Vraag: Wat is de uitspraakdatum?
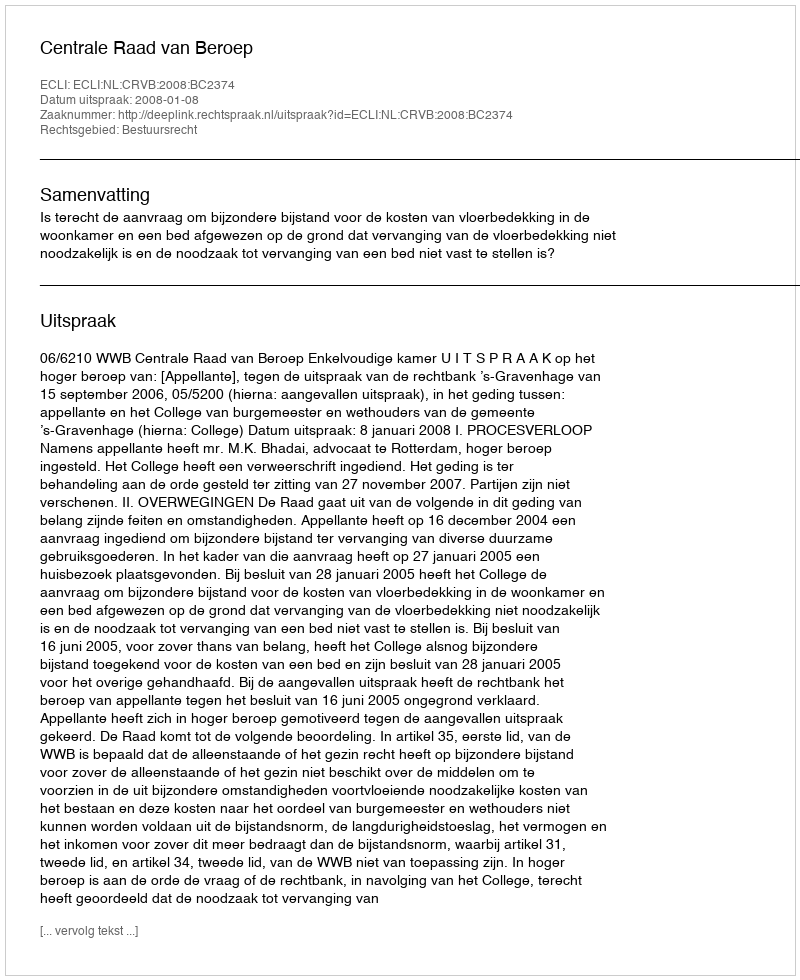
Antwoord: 2008-01-08